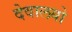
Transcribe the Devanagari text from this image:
देवालयो